Plague in India, 1896, 1897 - Volume 1
Year: 1896
Disease focus: Plague
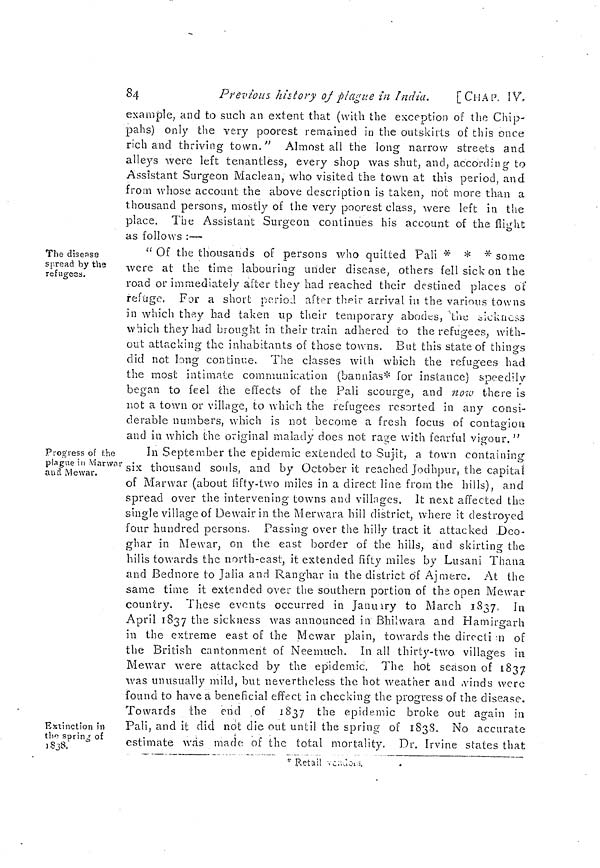
84
Previous history of plague in India.
[CHAP. IV,
example, and to such an extent that (with the exception of the Chip-
pahs) only the very poorest remained in the outskirts of this once
rich and thriving town." Almost all the long narrow streets and
alleys were left tenantless, every shop was shut, and, according to
Assistant Surgeon Maclean, who visited the town at this period, and
from whose account the above description is taken, not more than a
thousand persons, mostly of the very poorest class, were left in the
place. The Assistant Surgeon continues his account of the flight
as follows :—
The disease
spread by the
refugees,
" Of the thousands of persons who quitted Pali * * * some
were at the time labouring under disease, others fell sick on the
road or immediately after they had reached their destined places of
refuge. For a short period after their arrival in the various towns
in which they had taken up their temporary abodes, the sickness
which they had brought in their train adhered to the refugees, with-
out attacking the inhabitants of those towns. But this state of things
did not long continue. The classes with which the refugees had
the most intimate communication (bannias* for instance) speedily
began to feel the effects of the Pali scourge, and now there is
not a town or village, to which the refugees resorted in any consi-
derable numbers, which is not become a fresh focus of contagion
and in which the original malady does not rage with fearful vigour. "
Progress of the
plague in Marwar
and Mewar.
Extinction in
the spring of
1838.
In September the epidemic extended to Sujit, a town containing
six thousand souls, and by October it reached Jodhpur, the capital
of Marwar (about fifty-two miles in a direct line from the hills), and
spread over the intervening towns and villages. It next affected the
single village of Dewair in the M envara hill district, where it destroyed
four hundred persons. Passing over the hilly tract it attacked Deo-
ghar in Mewar, on the east border of the hills, and skirting the
hills towards the north-east, it extended fifty miles by Lusani Thana
and Bednore to Jalia and Ranghar in the district of Ajmere. At the
same time it extended over the southern portion of the open Mewar
country. These events occurred in January to March 1837, In
April 1837 the sickness was announced in Bhilwava and Hamirgarh
in the extreme east of the Mewar plain, towards the direction of
the British cantonment of Neemuch. In all thirty-two villages in
Mewar were attacked by the epidemic. The hot season of 1837
was unusually mild, but nevertheless the hot weather and winds were
found to have a beneficial effect in checking the progress of the disease.
Towards the end of 1837 the epidemic broke out again in
Pali, and it did not die out until the spring of 1838. No accurate-
estimate was made of the total mortality. Dr. Irvine states that
* Retail
vendors.